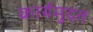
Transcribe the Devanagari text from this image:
कार्यमुदत